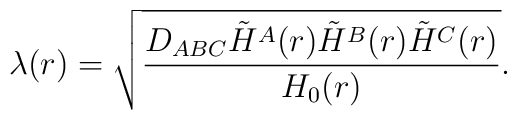
\lambda(r) = \sqrt{{D_{ABC}\tilde H^A(r)\tilde H^B(r)\tilde H^C(r)\over H_0(r)}} .